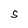
Character: S